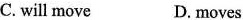
C. will move D. moves